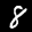
Label: 8